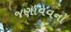
જણાવવનો